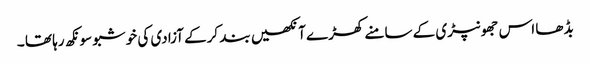
بڈھا اس جھونپڑی کے سامنے کھڑے آنکھیں بند کرکے آزادی کی خوشبو سونکھ رہا تھا ۔